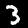
Label: 3